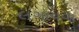
લગાવવા